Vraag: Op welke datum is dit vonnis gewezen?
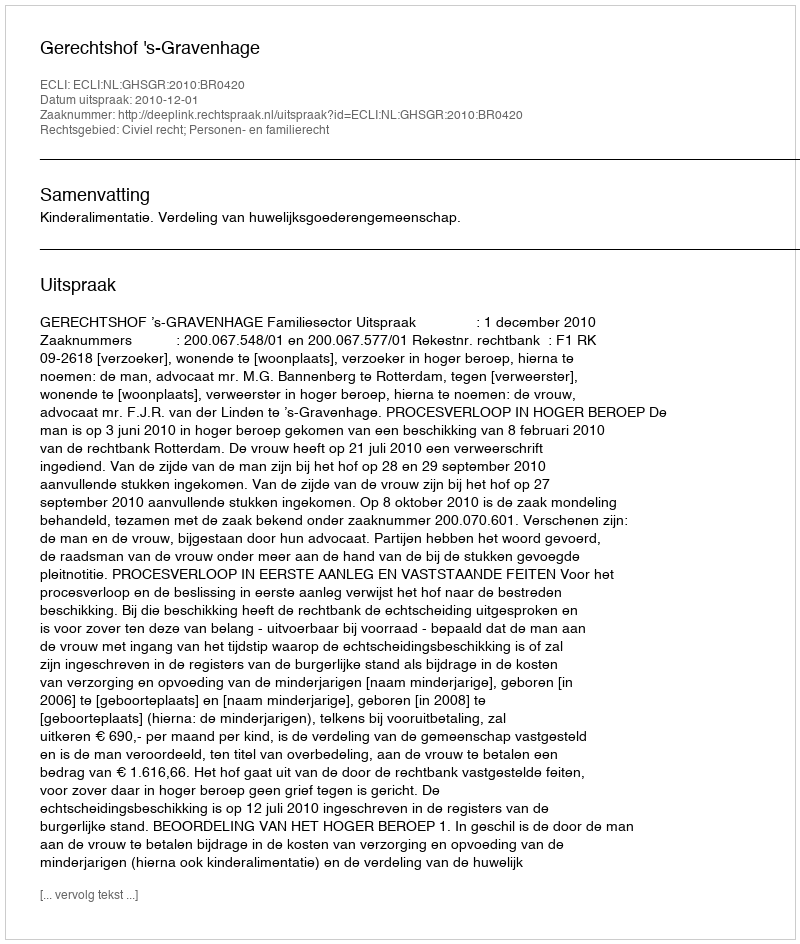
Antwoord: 2010-12-01